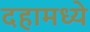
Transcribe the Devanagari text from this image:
दहामध्ये